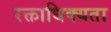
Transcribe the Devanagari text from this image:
रक्ताधिक्यता